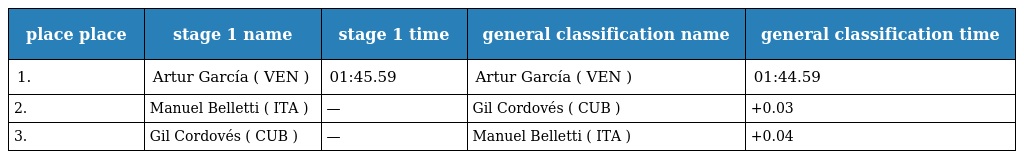
| place place | stage 1 name | stage 1 time | general classification name | general classification time |
 | --- | --- | --- | --- | --- |
 | 1. | Artur García ( VEN ) | 01:45.59 | Artur García ( VEN ) | 01:44.59 |
 | 2. | Manuel Belletti ( ITA ) | — | Gil Cordovés ( CUB ) | +0.03 |
 | 3. | Gil Cordovés ( CUB ) | — | Manuel Belletti ( ITA ) | +0.04 |